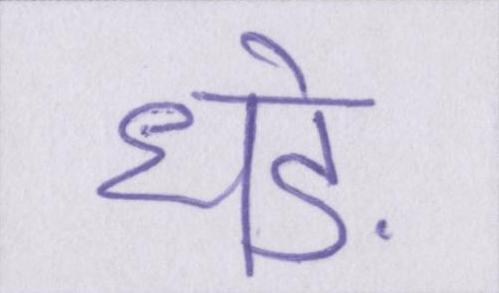
धड़े